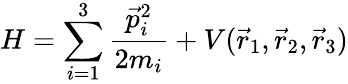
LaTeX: H=\sum_{i=1}^{3}\frac{\vec{p}_{i}^{2}}{2m_{i}}+V(\vec{r}_{1},\vec{r}_{2},\vec{r}_{3})